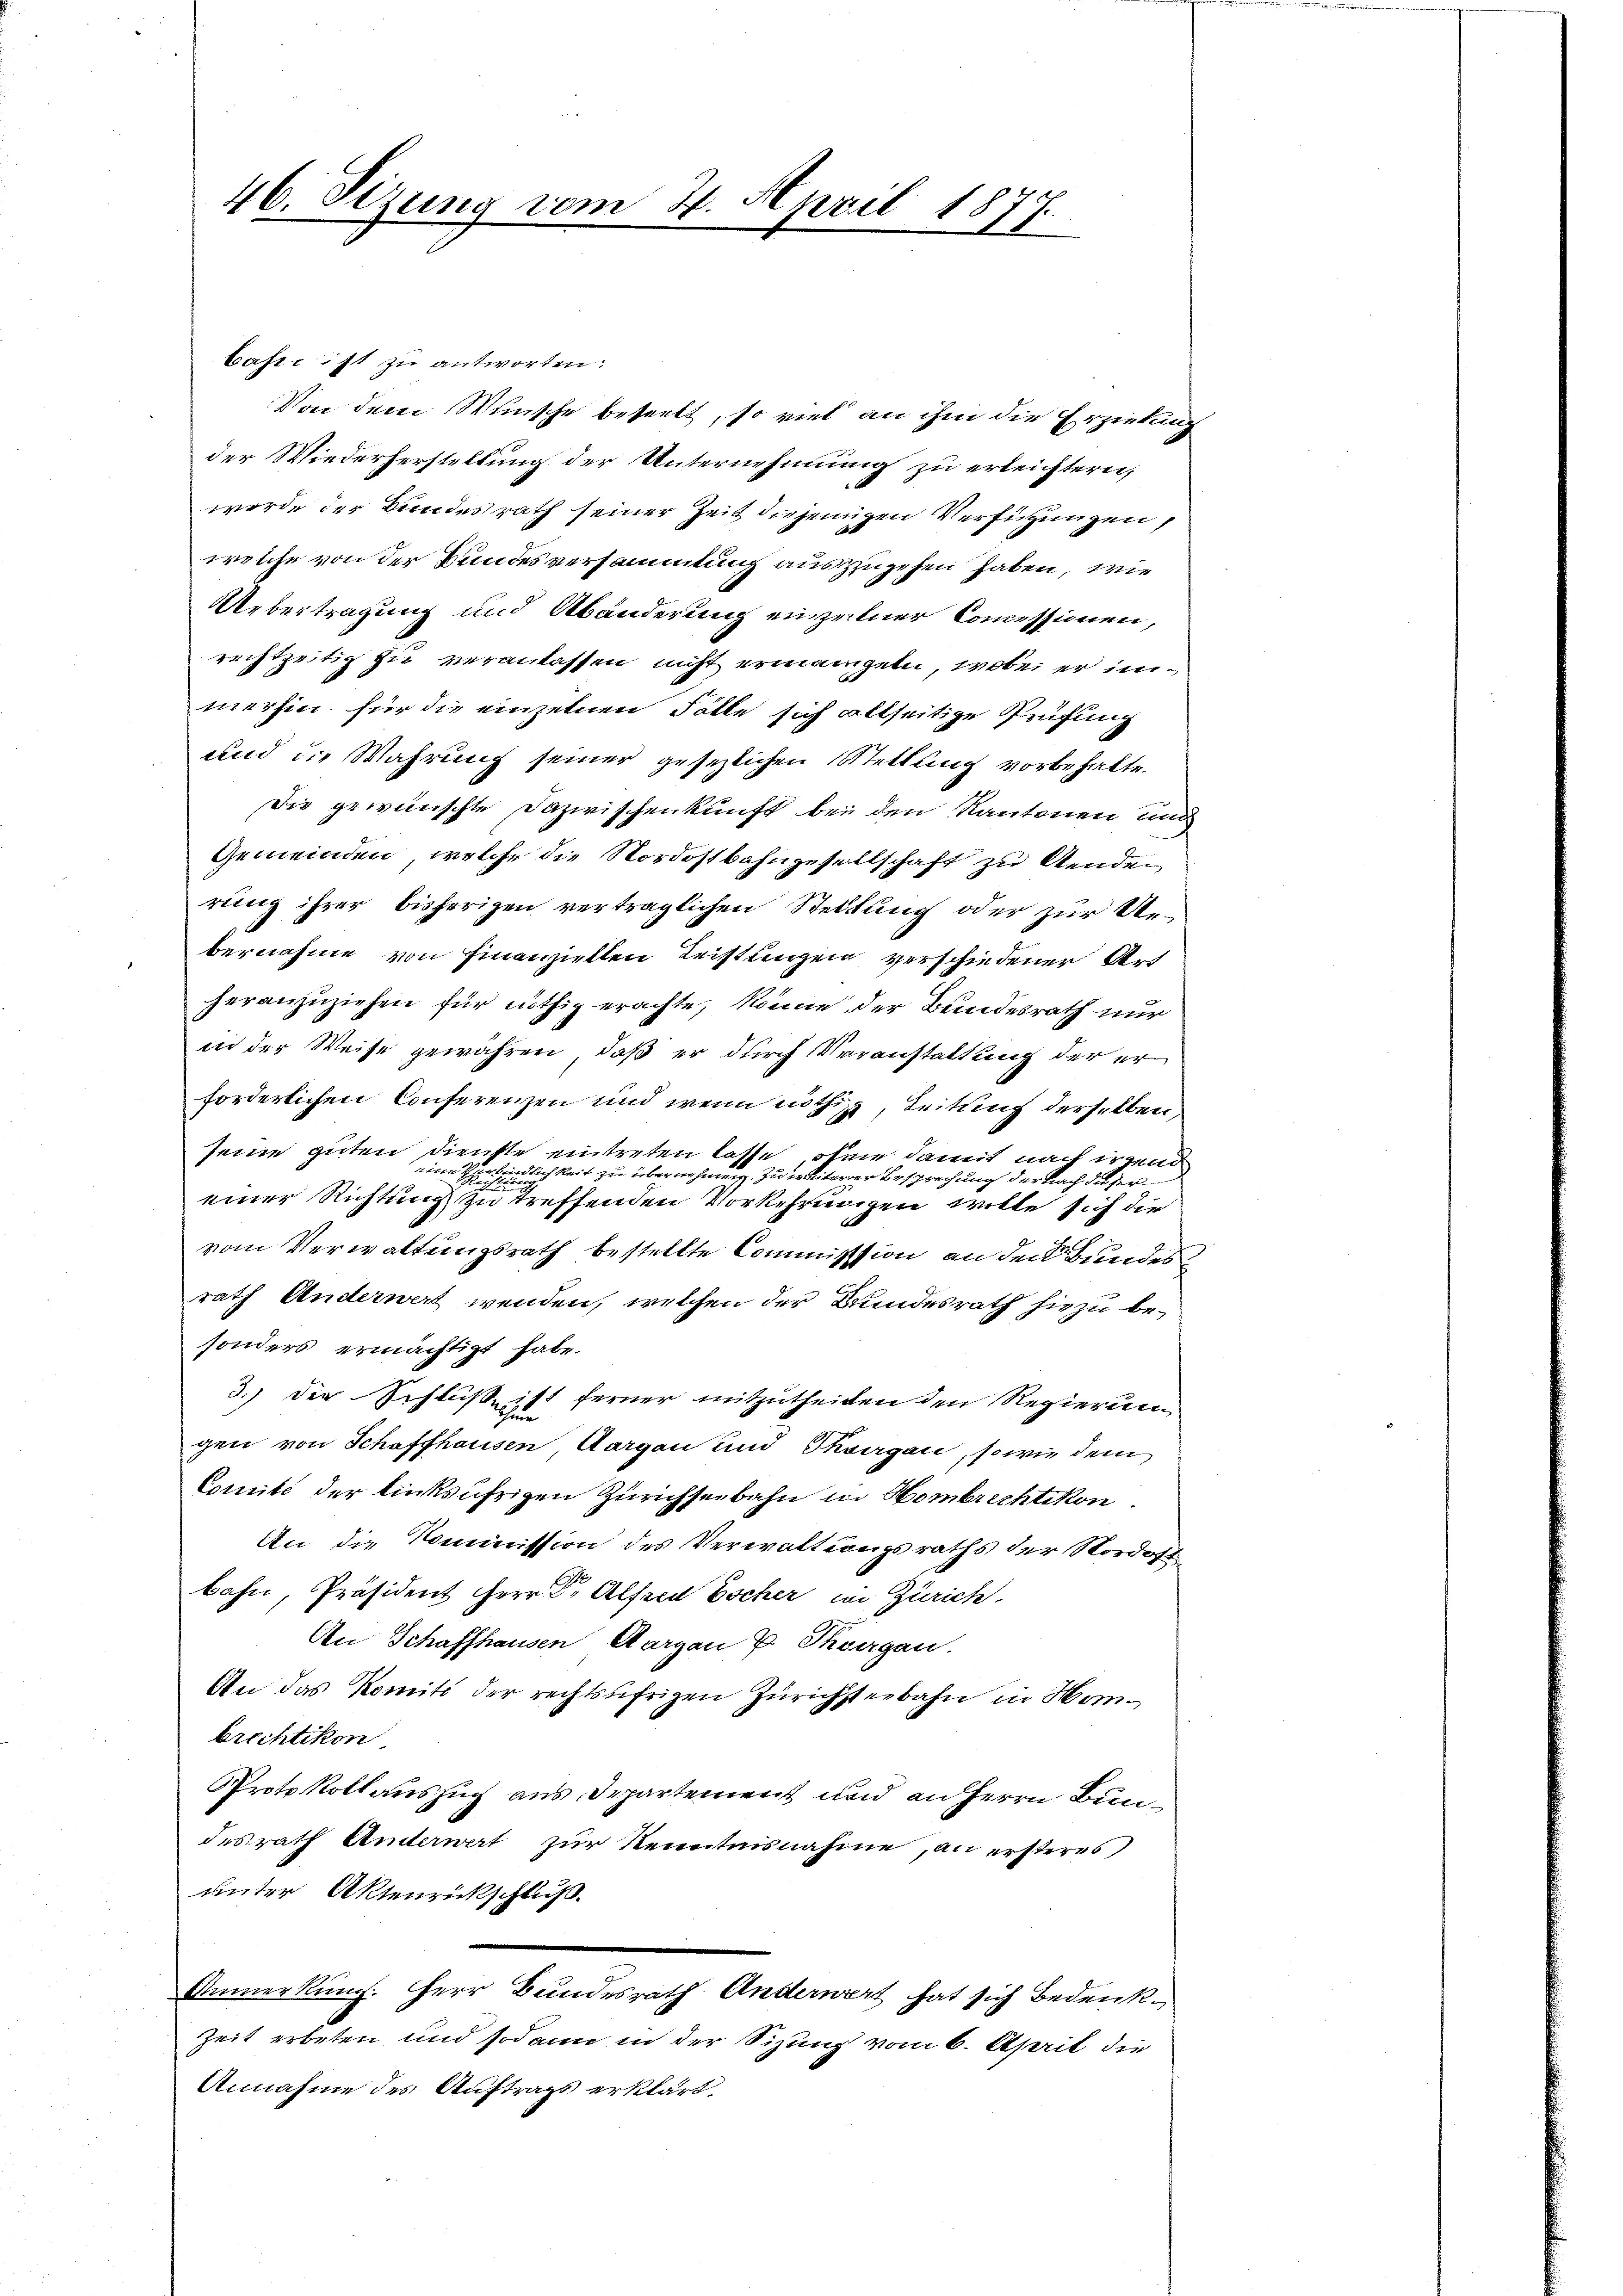
46. Sizung vom 24. April 1877.

baste ist zu antworten.
Von dem Wunsche beseelt, so viel an ihm die Erziehung
der Wiederherstellung der Unternehmung zu erleichtern,
werde der Bundesrath seiner Zeit diejenigen Verfügungen,
welche von der Bundesversammlung auszzugehen haben, wie
Uebertragung und Abänderung einzelner Commissionen,
rechtzeitig sie veranlassen nicht ermangen, wobei er im
merhin für die einzelnen Fälle sich allseitige Prüfung
und die Wahrung seiner gesezlichen Wettung vorbehalte
Die gewünschte Dazwischenkunft bei den Kantonen und
Gemeinden, welche die Nordostbahngesellschaft zu lenden
rung ihrer bisherigen verträglichen Stellung oder zur Un
bernahme von Finanziellen Leistungen verschiedener Art
heranzuziehen für nöthig erachte, könne der Bundesrath nur
in der Weise gewähren, daß er durch Veranstattung der erforderlichen Conferenzen und wenn nöthig, Leitung derselben,
seine guten Dienste eintreten lasse, ohner damit nach irgend
eine Verbindlichkeit zu übernehmen zu weiterer Besprechung der nach dieser
einer Richtung zu treffenden Vorkehrungen wille sich die
vom Verwaltungsrath bestellte Commission an den Bundes
rath Anderwert wenden, welchen der Bundesrath hiezu besonders ermächtigt habe.
3.) Die Schluße ist ferner mitzutheilen den Regierung
gen von Schaffhausen, Aargau und Thurgau, sowie dem
Comité der linksährigen Zürichseebahn in Hombrechtikon.
An die Kommission des Verwaltungsraths der Nordost
bahn, Präsident Herr Dr. Alfred Escher in Zürich
An Schaffhausen, Aargau v. Thorgan.
An das Komité der rechtsufrigen Zürichsterbahn in Hombrechtikon
Protokollauszug aus Departement und an Herrn Bundesrath Unterwert zur Kenntnisnahme, an ersteres,
unter Aktenrickschluß.
Anmerkung. Herr Bundesrath Anderwert hat sich Bedenk¬
Zeit erbeten und sodann in der Sizung vom 6. April die
Annahme des Auftrags erklärt.